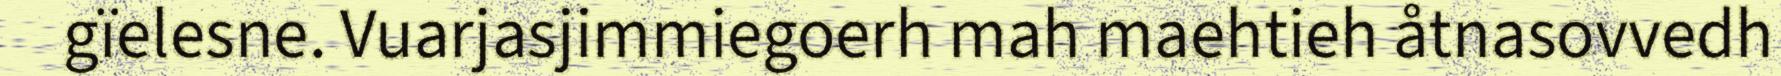
gïelesne. Vuarjasjimmiegoerh mah maehtieh åtnasovvedh